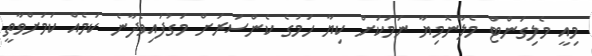
މިއީ މެލިގަންޓް މެލާނޮމިޔާ ނަމަކަށް ކިޔާ ހަމުގެ ކެންސަރަށް މަގުފައިވެދާނެ ކަމެއް ކަމަށްވާތީ